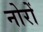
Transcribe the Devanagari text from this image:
नोरों